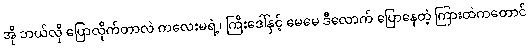
အို ဘယ်လို ပြောလိုက်တာလဲ ကလေးမရဲ့၊ ကြီးဒေါ်နှင့် မေမေ ဒီလောက် ပြောနေတဲ့ ကြားထဲကတောင်